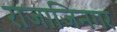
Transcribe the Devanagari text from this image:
राजाजिनगर